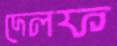
দেলফ